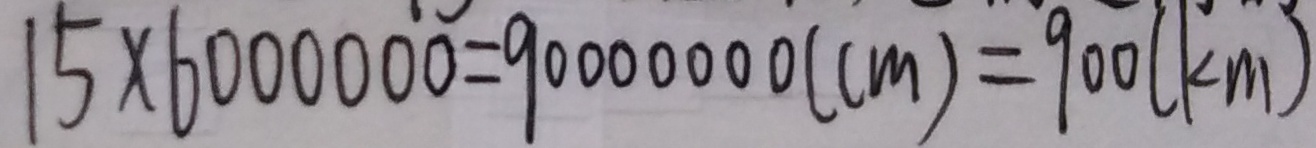
1 5 \times 6 0 0 0 0 0 0 = 9 0 0 0 0 0 0 0 ( c m ) = 9 0 0 ( k m )